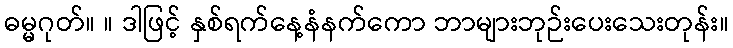
ဓမ္မဂုတ်။ ။ ဒါဖြင့် နှစ်ရက်နေ့နံနက်ကော ဘာများဘုဉ်းပေးသေးတုန်း။